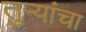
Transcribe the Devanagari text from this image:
तुऱ्यांचा